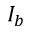
I _ { b }